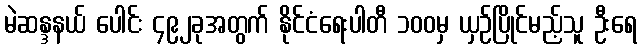
မဲဆန္ဒနယ် ပေါင်း ၄၉၂ခုအတွက် နိုင်ငံရေးပါတီ ၁၀၀မှ ယှဉ်ပြိုင်မည့်သူ ဦးရေ